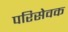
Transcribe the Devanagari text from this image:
परिसेवक